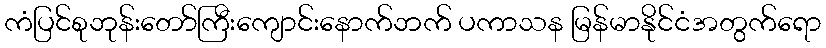
ကံပြင်စုဘုန်းတော်ကြီးကျောင်းနောက်ဘက် ပကာသန မြန်မာနိုင်ငံအတွက်ရော